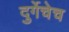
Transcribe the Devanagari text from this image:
दुर्गेचेच